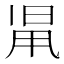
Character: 𣆨